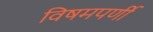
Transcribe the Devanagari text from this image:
विषमपर्णी